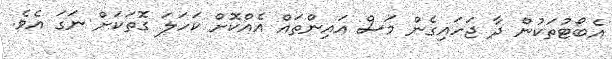
އެބޯޓުތަކުން ދާ ޖަހައިގެން މަސް އައިންތައް އެއްކޮށް ކަހަލަ ގޮތަކަށް ނަގަ އެވެ.